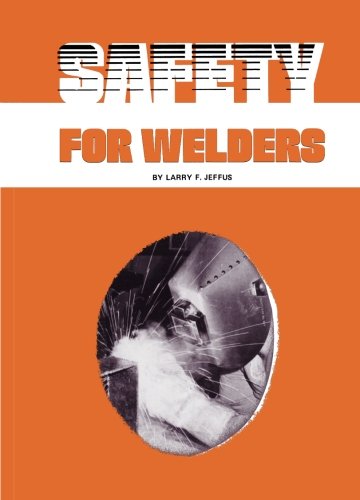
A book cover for Safety For Welders; Larry Jeffus; Science & Math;